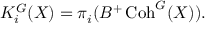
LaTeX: K _ { i } ^ { G } ( X ) = \pi _ { i } ( B ^ { + } \operatorname { C o h } ^ { G } ( X ) ) .